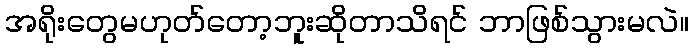
အရိုးတွေမဟုတ်တော့ဘူးဆိုတာသိရင် ဘာဖြစ်သွားမလဲ။